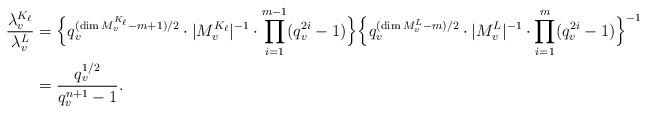
LaTeX: \begin{align*} \frac{\lambda_v^{K_{\ell}}}{\lambda_v^L}&=\Bigl\{q_v^{(\dim M_v^{K_{\ell}}-m+1)/2}\cdot|M_v^{K_{\ell}}|^{-1}\cdot\prod_{i=1}^{m-1}(q_v^{2i}-1)\Bigr\}\Bigl\{q_v^{(\dim M_v^L-m)/2}\cdot|M_v^L|^{-1}\cdot\prod_{i=1}^{m}(q_v^{2i}-1)\Bigr\}^{-1}\\ &=\frac{q_v^{1/2}}{q_v^{n+1}-1}.\end{align*}